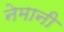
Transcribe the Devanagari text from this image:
नेमानी